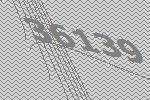
36139